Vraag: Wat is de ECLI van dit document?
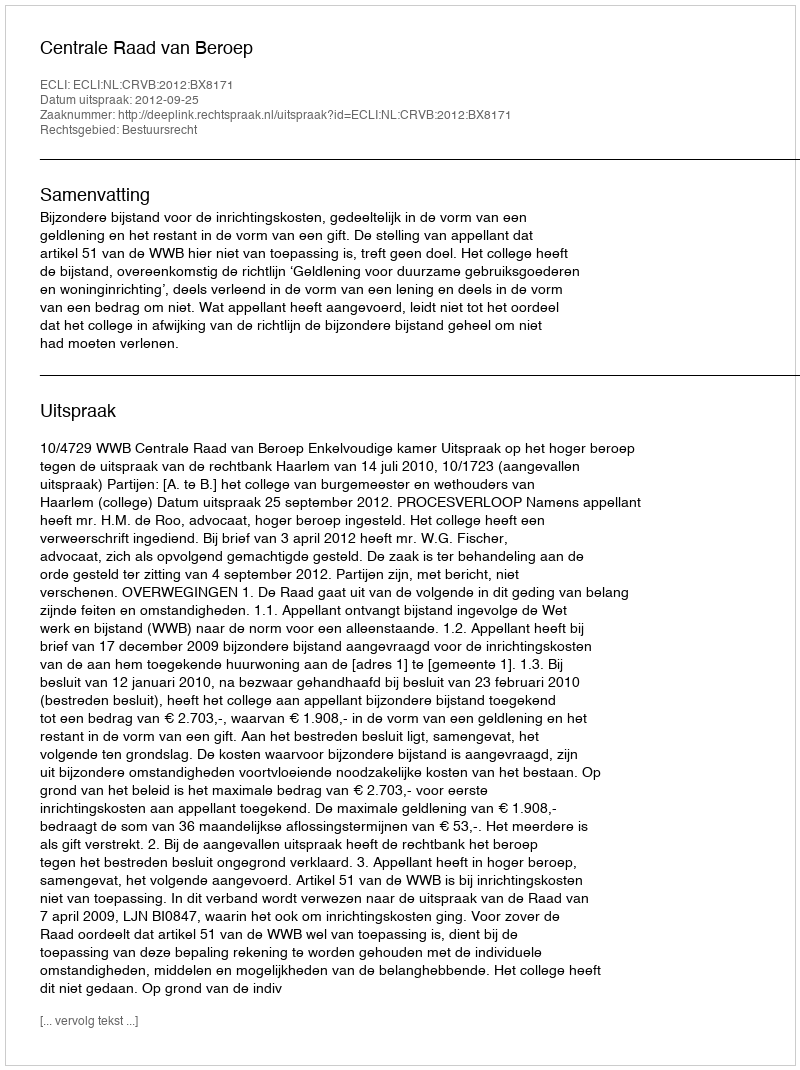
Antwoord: ECLI:NL:CRVB:2012:BX8171